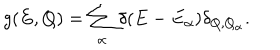
LaTeX: g ( E , Q ) = \sum _ { \alpha } \delta ( E - E _ { \alpha } ) \delta _ { Q , Q _ { \alpha } } .